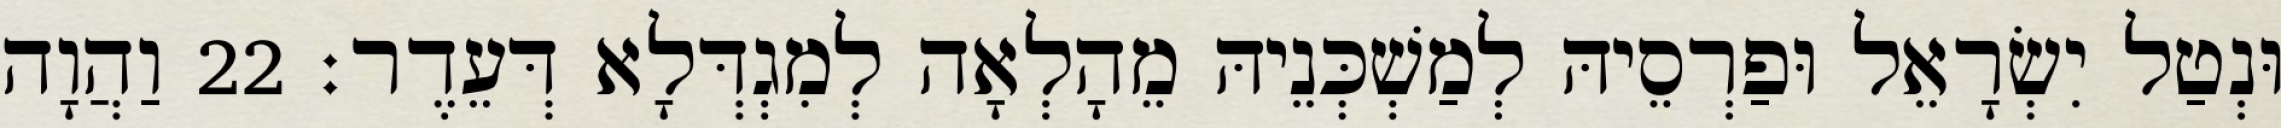
וּנְטַל יִשְׂרָאֵל וּפַרְסֵיהּ לְמַשְׁכְּנֵיהּ מֵהָלְאָה לְמִגְדְּלָא דְּעֵדֶר׃ 22 וַהֲוָה